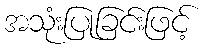
အသုံးပြုခြင်းဖြင့်